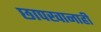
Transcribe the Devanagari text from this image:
छापखानाही